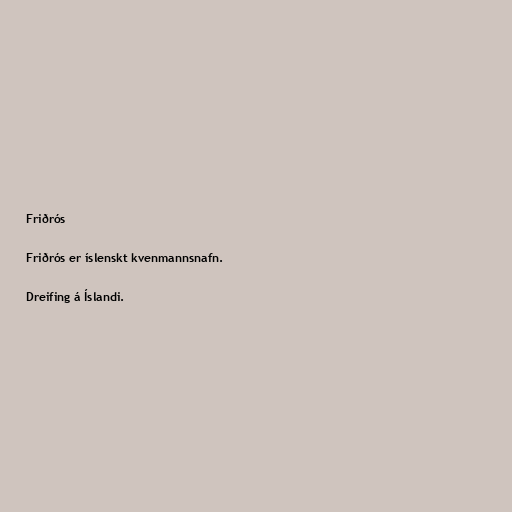
Friðrós

Friðrós er íslenskt kvenmannsnafn.

Dreifing á Íslandi.